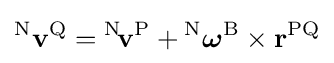
{}^{\mathrm {N} }\mathbf {v} ^{\mathrm {Q} }={}^{\mathrm {N} }\!\mathbf {v} ^{\mathrm {P} }+{}^{\mathrm {N} }{\boldsymbol {\omega }}^{\mathrm {B} }\times \mathbf {r} ^{\mathrm {PQ} }